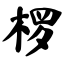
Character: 椤